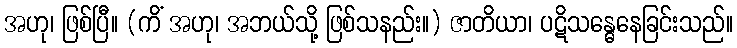
အဟု၊ ဖြစ်ပြီ။ (ကိံ အဟု၊ အဘယ်သို့ ဖြစ်သနည်း။) ဇာတိယာ၊ ပဋိသန္ဓေနေခြင်းသည်။